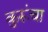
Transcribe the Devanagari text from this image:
कुरूंचा